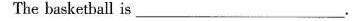
The baskethall is ___.